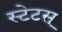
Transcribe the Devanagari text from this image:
स्टेटस्